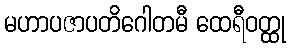
မဟာပဇာပတိဂေါတမီ ထေရီဝတ္ထု